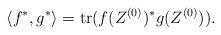
LaTeX: \begin{align*} \langle f^*, g^* \rangle = \operatorname{tr} (f(Z^{(0)})^* g(Z^{(0)})). \end{align*}